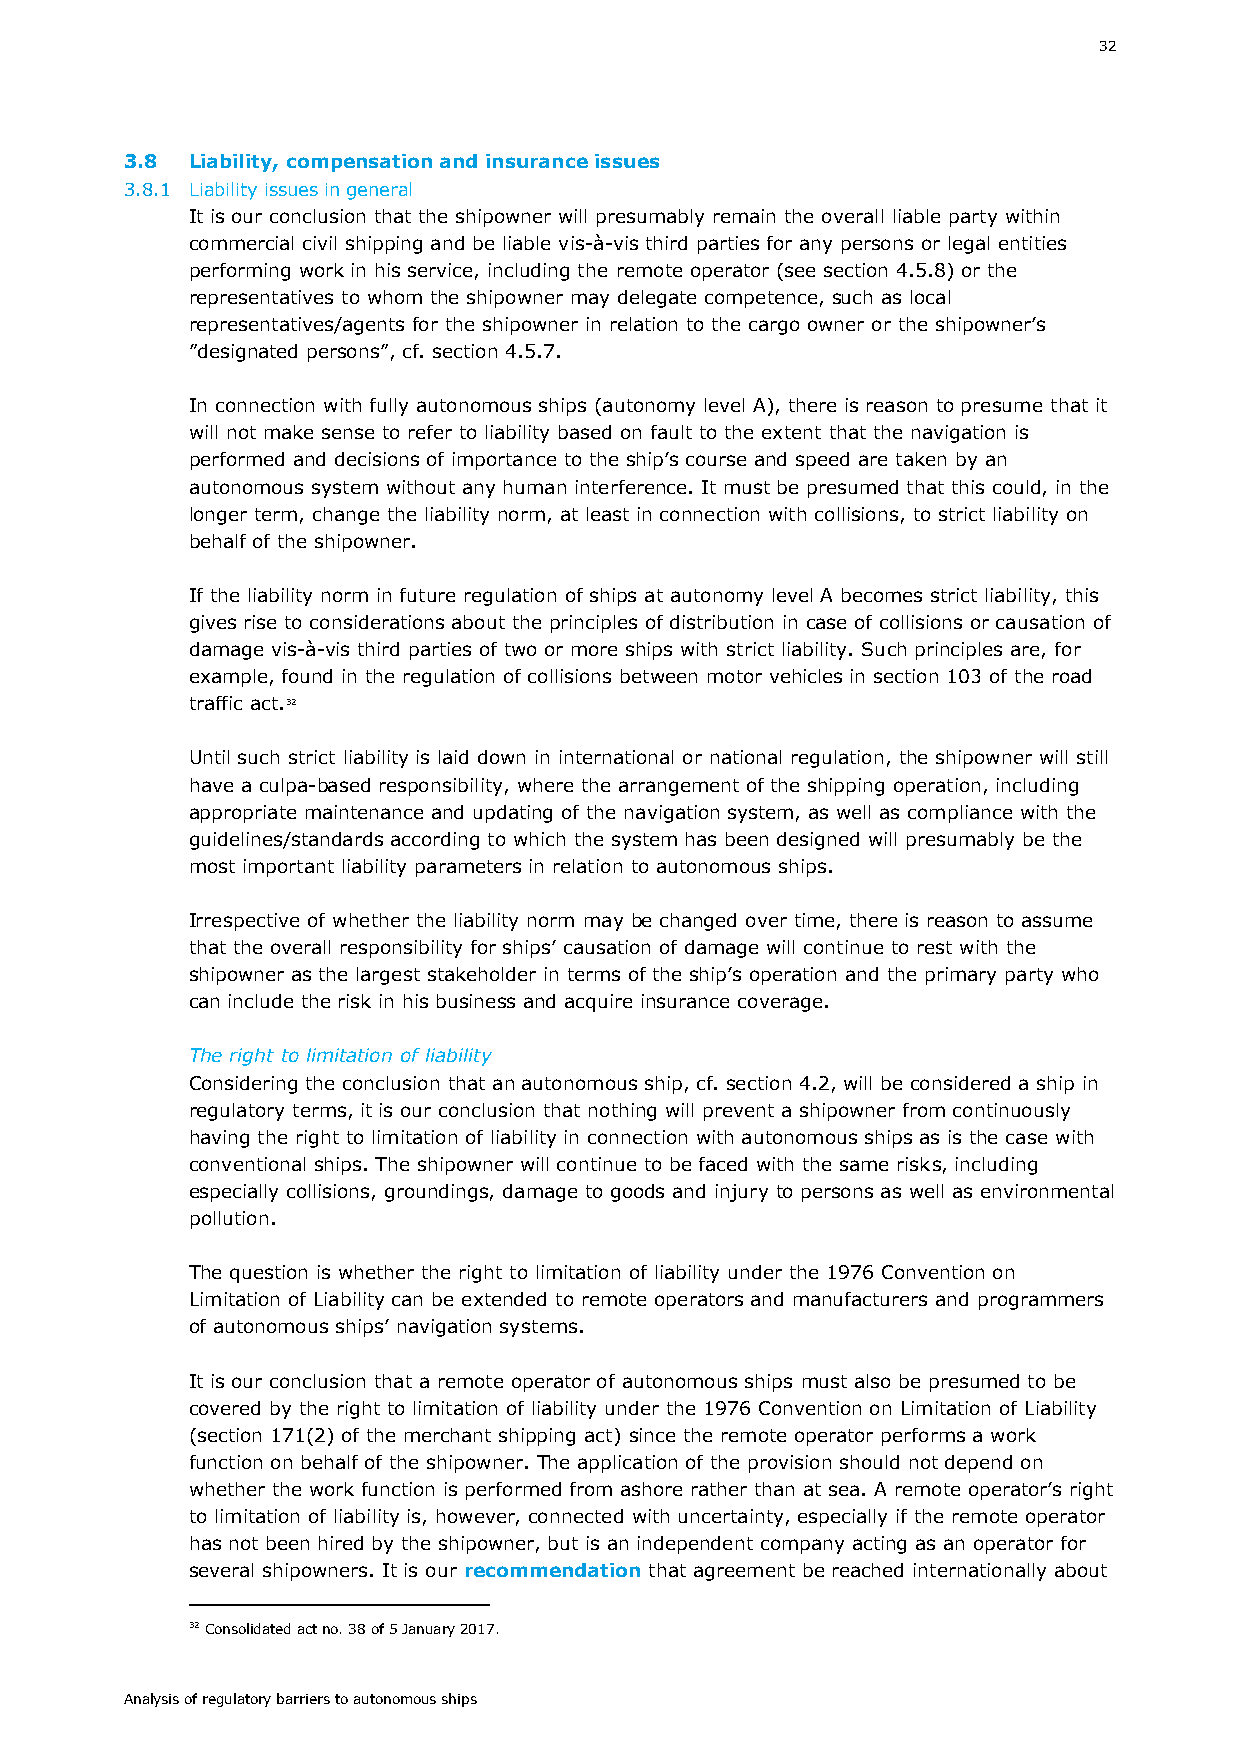
32
 3.8 Liability, compensation and insurance issues
 3.8.1 Liability issues in general
 It is our conclusion that the shipowner will presumably remain the overall liable party within
 commercial civil shipping and be liable vis-à-vis third parties for any persons or legal entities
 performing work in his service, including the remote operator (see section 4.5.8) or the
 representatives to whom the shipowner may delegate competence, such as local
 representatives/agents for the shipowner in relation to the cargo owner or the shipowner’s
 ”designated persons”, cf. section 4.5.7.
 In connection with fully autonomous ships (autonomy level A), there is reason to presume that it
 will not make sense to refer to liability based on fault to the extent that the navigation is
 performed and decisions of importance to the ship’s course and speed are taken by an
 autonomous system without any human interference. It must be presumed that this could, in the
 longer term, change the liability norm, at least in connection with collisions, to strict liability on
 behalf of the shipowner.
 If the liability norm in future regulation of ships at autonomy level A becomes strict liability, this
 gives rise to considerations about the principles of distribution in case of collisions or causation of
 damage vis-à-vis third parties of two or more ships with strict liability. Such principles are, for
 example, found in the regulation of collisions between motor vehicles in section 103 of the road
 traffic act.32
 Until such strict liability is laid down in international or national regulation, the shipowner will still
 have a culpa-based responsibility, where the arrangement of the shipping operation, including
 appropriate maintenance and updating of the navigation system, as well as compliance with the
 guidelines/standards according to which the system has been designed will presumably be the
 most important liability parameters in relation to autonomous ships.
 Irrespective of whether the liability norm may be changed over time, there is reason to assume
 that the overall responsibility for ships’ causation of damage will continue to rest with the
 shipowner as the largest stakeholder in terms of the ship’s operation and the primary party who
 can include the risk in his business and acquire insurance coverage.
 The right to limitation of liability
 Considering the conclusion that an autonomous ship, cf. section 4.2, will be considered a ship in
 regulatory terms, it is our conclusion that nothing will prevent a shipowner from continuously
 having the right to limitation of liability in connection with autonomous ships as is the case with
 conventional ships. The shipowner will continue to be faced with the same risks, including
 especially collisions, groundings, damage to goods and injury to persons as well as environmental
 pollution.
 The question is whether the right to limitation of liability under the 1976 Convention on
 Limitation of Liability can be extended to remote operators and manufacturers and programmers
 of autonomous ships’ navigation systems.
 It is our conclusion that a remote operator of autonomous ships must also be presumed to be
 covered by the right to limitation of liability under the 1976 Convention on Limitation of Liability
 (section 171(2) of the merchant shipping act) since the remote operator performs a work
 function on behalf of the shipowner. The application of the provision should not depend on
 whether the work function is performed from ashore rather than at sea. A remote operator’s right
 to limitation of liability is, however, connected with uncertainty, especially if the remote operator
 has not been hired by the shipowner, but is an independent company acting as an operator for
 several shipowners. It is our recommendation that agreement be reached internationally about
 32 Consolidated act no. 38 of 5 January 2017.
 Analysis of regulatory barriers to autonomous ships